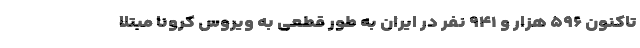
تاکنون ۵۹۶ هزار و ۹۴۱ نفر در ایران به طور قطعی به ویروس کرونا مبتلا